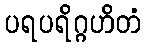
ပရပရိဂ္ဂဟိတံ